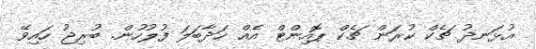
އުޅަނދު ޗެކް ކުރަން ޗެކް ޕޮއިންޓް އެއް ހަދާބަލަ ފުލުހުން. ބުރިޖު ހައިވޭ